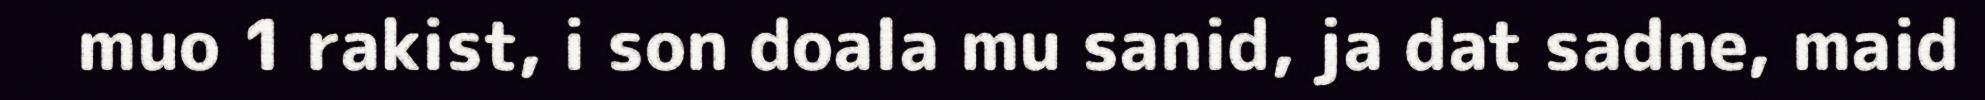
muo 1 rakist, i son doala mu sanid, ja dat sadne, maid